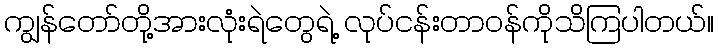
ကျွန်တော်တို့အားလုံးရဲတွေရဲ့ လုပ်ငန်းတာဝန်ကိုသိကြပါတယ်။